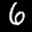
Label: 6